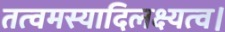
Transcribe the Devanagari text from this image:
तत्वमस्यादिलक्ष्यत्व।